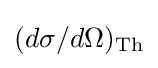
(d\sigma /d\Omega )_{\rm {Th}}